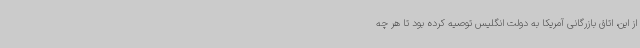
از این، اتاق بازرگانی آمریکا به دولت انگلیس توصیه کرده بود تا هر چه